Scottish Leaving Certificate Examination, 1960
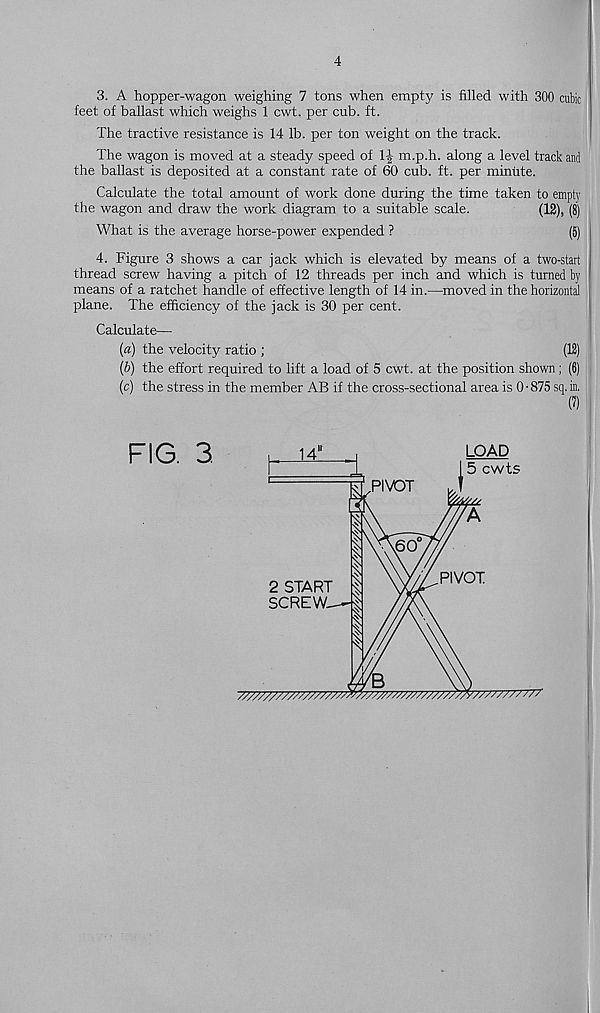
4
3. A hopper-wagon weighing 7 tons when empty is filled with 300 cubic
feet of ballast which weighs 1 cwt. per cub. ft.
The tractive resistance is 14 lb. per ton weight on the track.
The wagon is moved at a steady speed of 1| m.p.h. along a level track and
the ballast is deposited at a constant rate of 60 cub. ft. per minute.
Calculate the total amount of work done during the time taken to empty
the wagon and draw the work diagram to a suitable scale.
(12), (8)
What is the average horse-power expended ?
(5)
4. Figure 3 shows a car jack which is elevated by means of a two-start
thread screw having a pitch of 12 threads per inch and which is turned by
means of a ratchet handle of effective length of 14 in.—moved in the horizontal
plane. The efficiency of the jack is 30 per cent.
Calculate—
(<z) the velocity ratio ;
(12)
{l) the effort required to lift a load of 5 cwt. at the position shown; (6)
(c) the stress in the member AB if the cross-sectional area is 0 • 875 sq. in,
(?)
FIG.